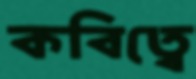
কবিত্বে